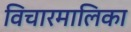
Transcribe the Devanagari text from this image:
विचारमालिका